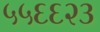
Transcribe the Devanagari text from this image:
५५६६२३